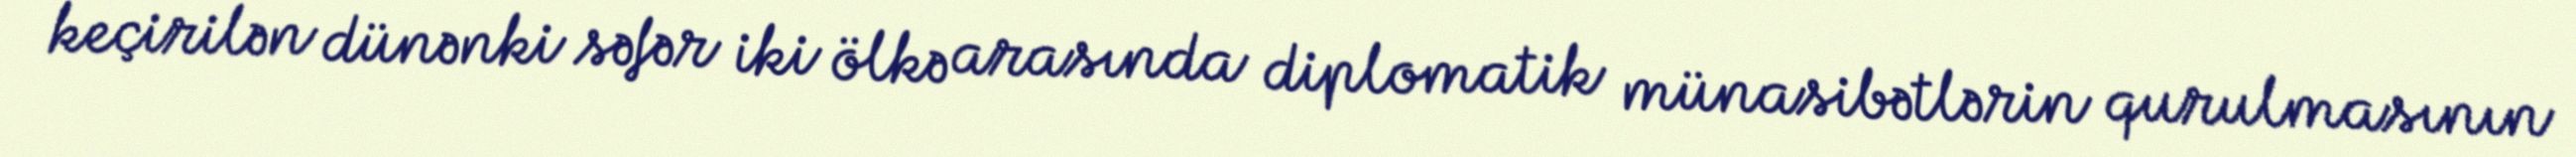
keçirilən dünənki səfər iki ölkə arasında diplomatik münasibətlərin qurulmasının